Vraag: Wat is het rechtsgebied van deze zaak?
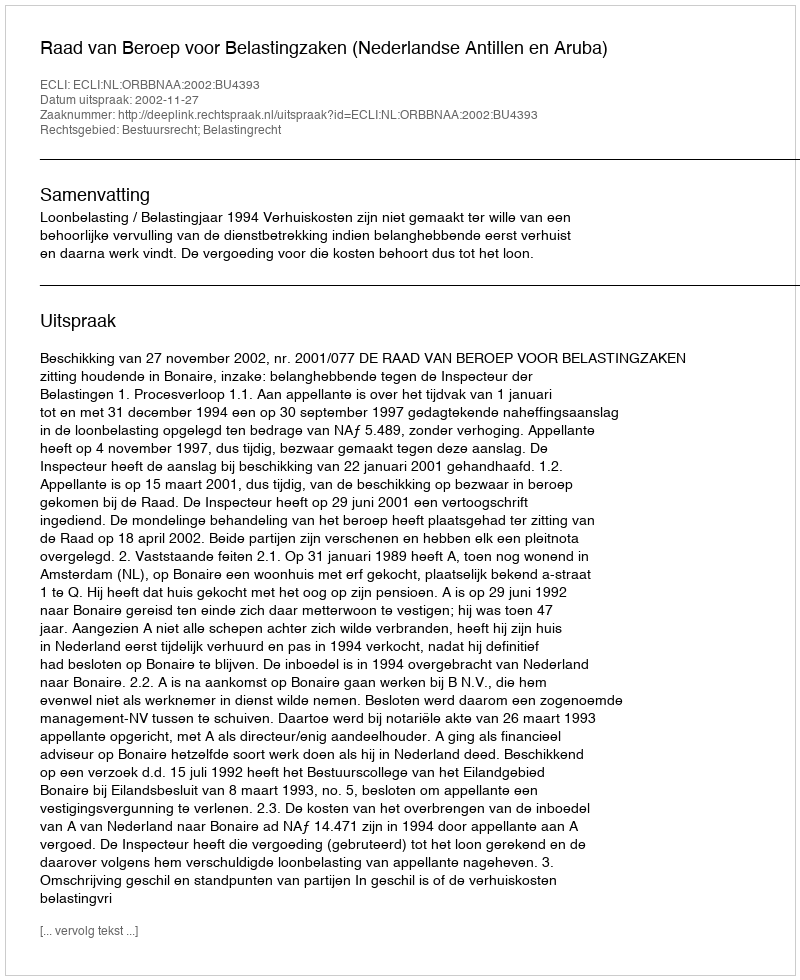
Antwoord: Bestuursrecht; Belastingrecht